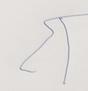
Signature authenticity: forged